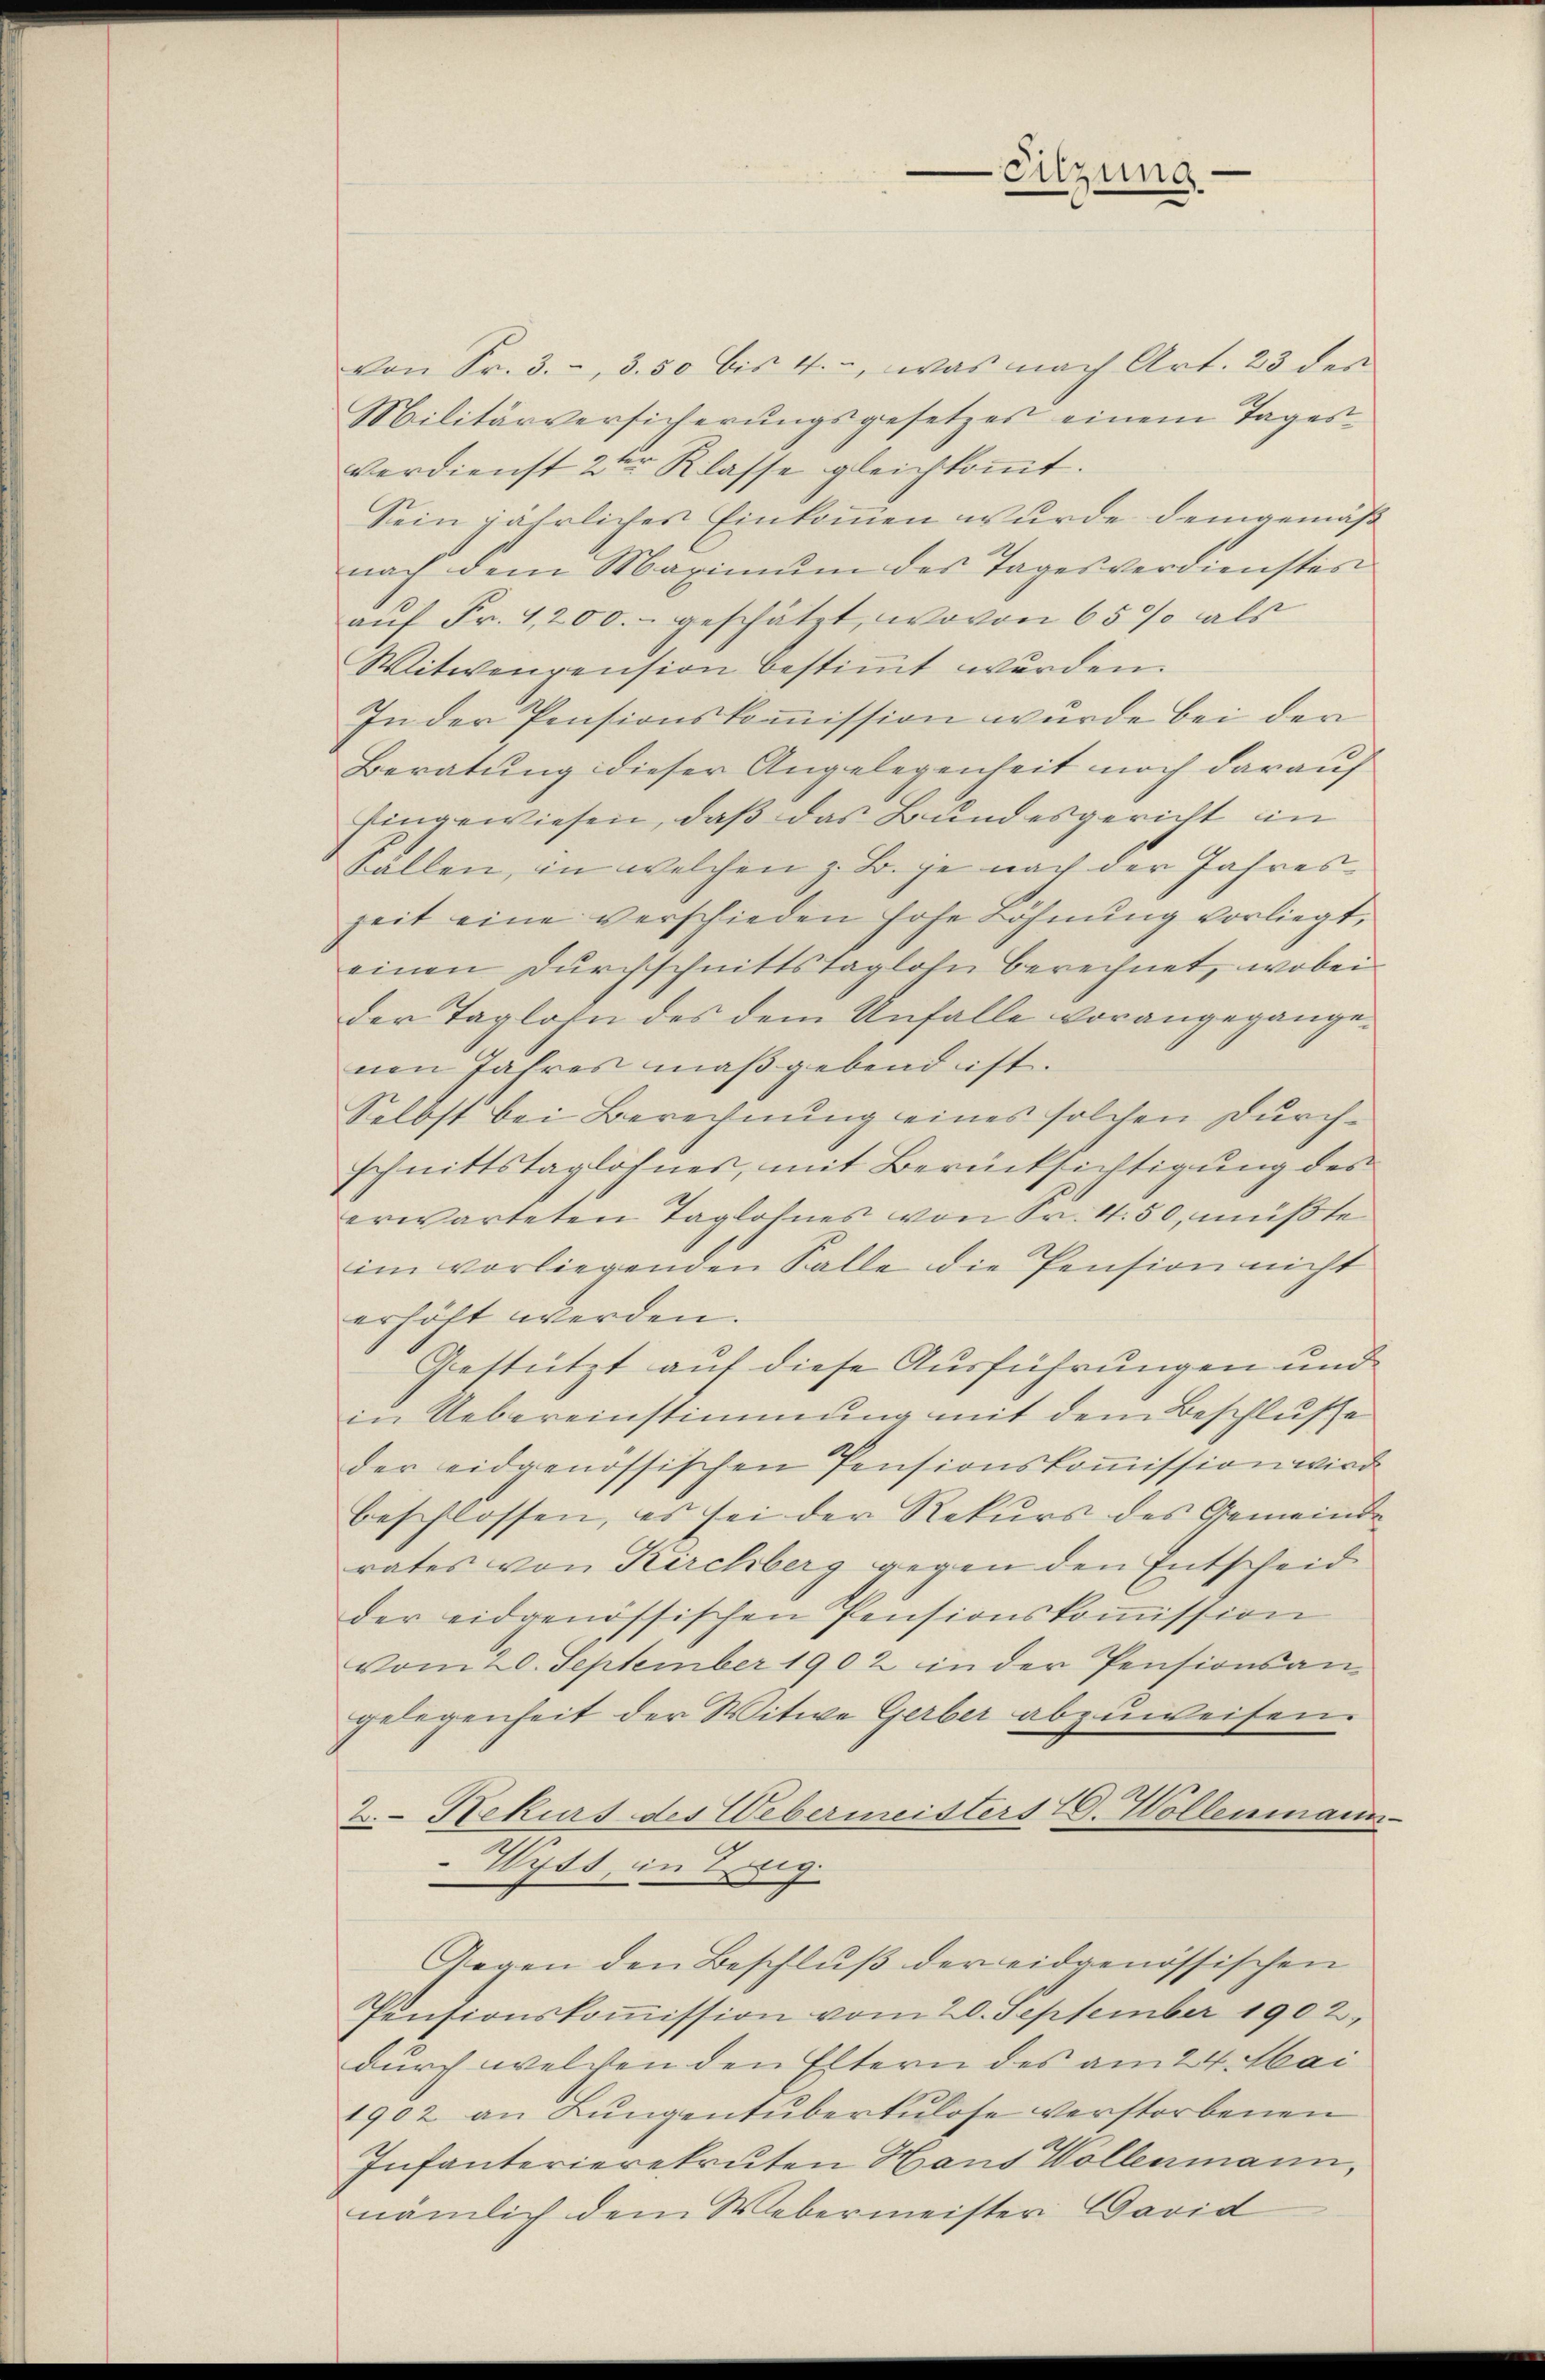
von Sr. 3., 3. 50 bis 4., was nach Art. 23 der
Militärversicherŭngsgesetzes einem Tages-
verdienst 2ter Klasse gleichkommt.
Sein jährlicher Einkommen wurde demgemäß
nach dem Maximŭm des Tages verdienstes
auf Fr. 4,200.- geschätzt, wovon 65% als
Witwenpension bestimmt wurden.
In der Pensionskommission wurde bei der
Beratung dieser Angelegenheit noch darauf
Eingewiesen, daß das Bundesgericht in
Fällen, in welchen z. B. je nach der Jahres
zeit eine verschieden hohe Löhnung vorliegt,
einen Durchschnittstaglohn berechnet, wobei
der Taglohn des dem Unfalle vorangegangenen Jahres maßgebend ist.
Selbst bei Berechnung eines solchen Durchschnittstaglöhnes, mit Berücksichtigung des
erwarteten Taglohnes von Sr. 4. 50, müßte
im vorliegenden Falle die Pension nicht
erhöht werden.
Gestützt auf diese Ausführungen und
in Uebereinstimmung mit dem Beschluße
der eidgenössischen Pensionskoṁission wird
beschlossen, es sei der Rekurs des Gemeindrates von Kirchberg gegen den Entscheid
der eidgenössischen Pensionskoṁission
vom 20. September 1902 in der Pensionsan-
gelegenheit der Witwe Gerber abzuweisen.
2. Rekurs des Webermeisters 20. Wollenmann
Wyss, in Zug.
Gegen den Beschluß der eidgenössischen
Pensionskoṁission vom 20. September 1902,
durch welchen den Eltern des am 24. Mai
1902 an Lŭngentüberkulose verstorbenen
Infanterierekruten Haus Wollenmann,
nämlich dem Webermeister David

-Sitzung